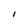
Character: I